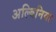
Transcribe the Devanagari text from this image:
अल्बिनिया